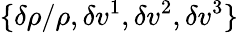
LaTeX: \{ \delta\rho/\rho,\delta v^{1},\delta v^{2},\delta v^{3}\}